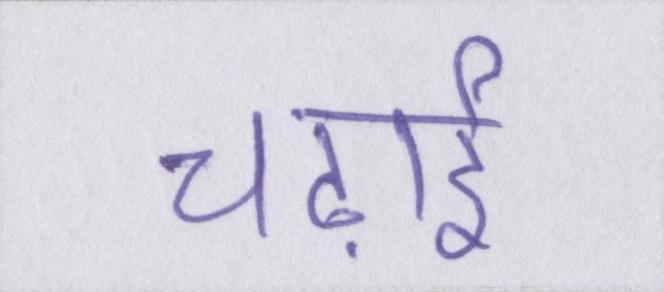
चढ़ाई